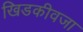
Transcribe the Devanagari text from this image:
खिडकीवजा